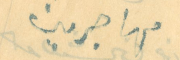
مهاجرين